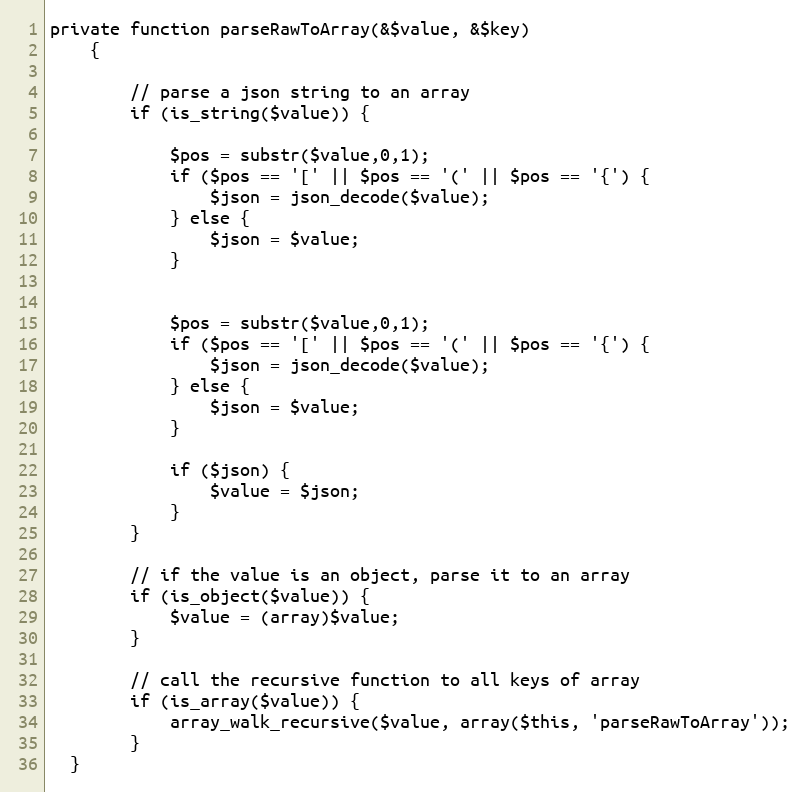
Language: PHP
private function parseRawToArray(&$value, &$key)
    {

        // parse a json string to an array
        if (is_string($value)) {

            $pos = substr($value,0,1);
            if ($pos == '[' || $pos == '(' || $pos == '{') {
                $json = json_decode($value);
            } else {
                $json = $value;
            }

            $pos = substr($value,0,1);
            if ($pos == '[' || $pos == '(' || $pos == '{') {
                $json = json_decode($value);
            } else {
                $json = $value;
            }

            if ($json) {
                $value = $json;
            }
        }

        // if the value is an object, parse it to an array
        if (is_object($value)) {
            $value = (array)$value;
        }

        // call the recursive function to all keys of array
        if (is_array($value)) {
            array_walk_recursive($value, array($this, 'parseRawToArray'));
        }
  }